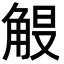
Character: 𮗭